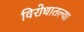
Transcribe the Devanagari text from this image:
विरोधातल्या